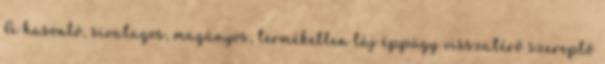
A hasonló, sivatagos, magányos, terméketlen táj éppúgy visszatérő szereplő